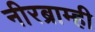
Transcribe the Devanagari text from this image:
नीरब्राम्‍ही